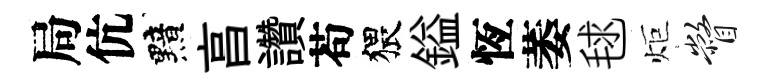
局伉黯亯讚苟猥鎰恆萎毬炬瞥